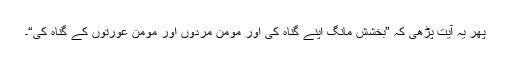
پھر یہ آیت پڑھی کہ ”بخشش مانگ اپنے گناہ کی اور مومن مردوں اور مومن عورتوں کے گناہ کی“۔